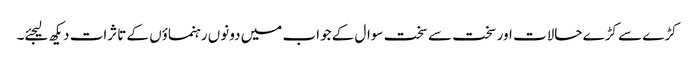
کڑے سے کڑے حالات اور سخت سے سخت سوال کے جواب میں دونوں رہنماؤں کے تاثرات دیکھ لیجئے۔